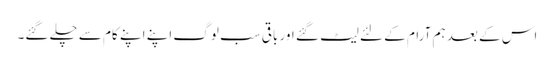
اس کے بعد ہم آرام کے لئے لیٹ گئے اور باقی سب لوگ اپنے اپنے کام سے چلے گئے۔